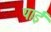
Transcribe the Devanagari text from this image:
पाईंं